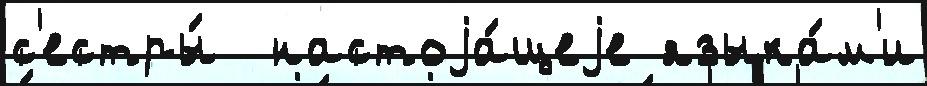
с'естры́  настоjа́щеjе языка́м'и